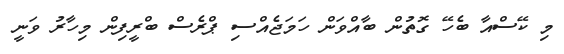
މި ކޭސްއާ ބެހޭ ގޮތުން ބާއްވަން ހަމަޖެއްސި ޕްރެސް ބްރީފިން މިހާރު ވަނީ